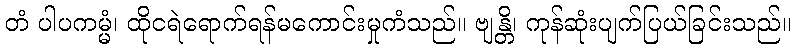
တံ ပါပကမ္မံ၊ ထိုငရဲရောက်ရန်မကောင်းမှုကံသည်။ ဗျန္တိ၊ ကုန်ဆုံးပျက်ပြယ်ခြင်းသည်။